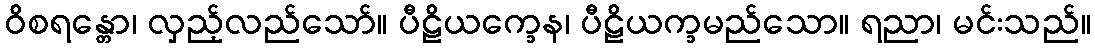
ဝိစရန္တော၊ လှည့်လည်သော်။ ပီဠိယက္ခေန၊ ပီဠိယက္ခမည်သော။ ရညာ၊ မင်းသည်။